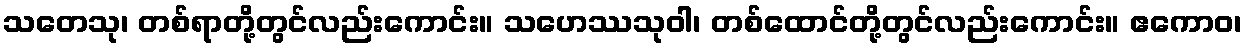
သတေသု၊ တစ်ရာတို့တွင်လည်းကောင်း။ သဟေဿသုဝါ၊ တစ်ထောင်တို့တွင်လည်းကောင်း။ ဧကောဝ၊